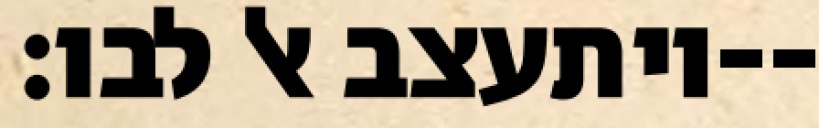
ויתעצב אל לבו׃--